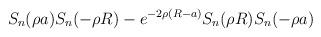
LaTeX: \begin{align*}S_n (\rho a) S_n (-\rho R) - e^{- 2 \rho (R-a)} S_n (\rho R) S_n (-\rho a)\end{align*}